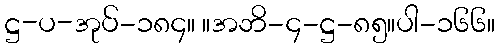
ဋ္ဌ-ပ-အုပ်-၁၈၄။ ။အဘိ-၄-ဋ္ဌ-၈၅။ပါ-၁၆၆။